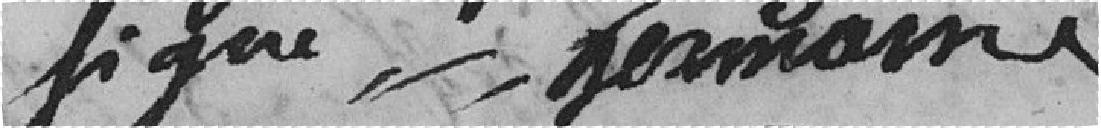
signé Germain